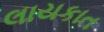
લાયકાત